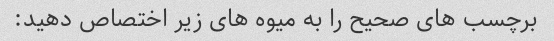
برچسب های صحیح را به میوه های زیر اختصاص دهید: